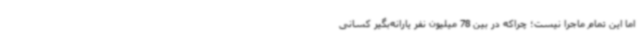
اما این تمام ماجرا نیست؛ چراکه در بین 78 میلیون نفر یارانه‌بگیر کسانی